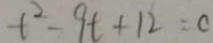
t ^ { 2 } - 9 t + 1 2 = c